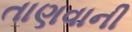
તાણવાની